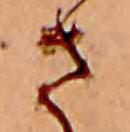
さ